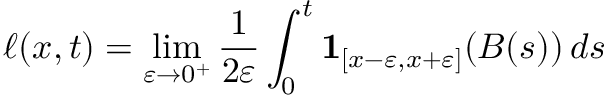
\ell ( x , t ) = \operatorname* { l i m } _ { \varepsilon \to 0 ^ { + } } { \frac { 1 } { 2 \varepsilon } } \int _ { 0 } ^ { t } \mathbf { 1 } _ { [ x - \varepsilon , x + \varepsilon ] } ( B ( s ) ) \, d s